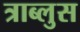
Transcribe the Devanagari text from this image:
त्राब्लुस